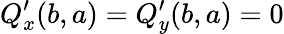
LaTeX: Q_{x}^{\prime}(b,a)=Q_{y}^{\prime}(b,a)=0